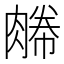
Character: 𦞊